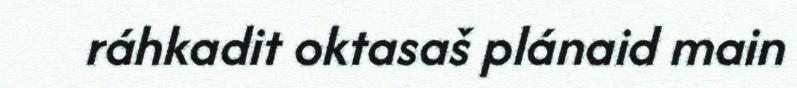
ráhkadit oktasaš plánaid main